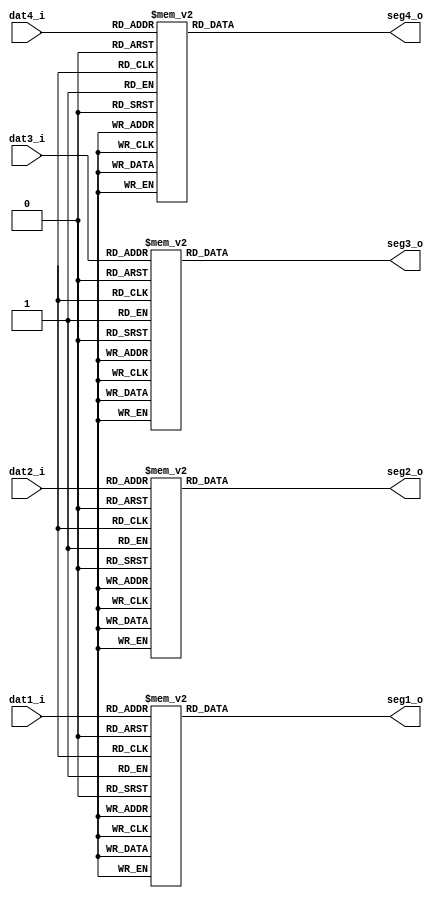
/***************************************************
module	:seg7_decoder
input	:BCD
output	:
function:DE24

***************************************************/
module seg7_decoder(
	dat1_i,
	dat2_i,
	dat3_i,
	dat4_i,
	seg1_o,
	seg2_o,
	seg3_o,
	seg4_o
	); 

	input	[3:0]	dat1_i;				//1
	input	[3:0]	dat2_i;				//2
	input	[3:0]	dat3_i;				//3
	input	[3:0]	dat4_i;				//4
	
	output	[6:0]	seg1_o;				//1		
	output	[6:0]	seg2_o;				//2
	output	[6:0]	seg3_o;				//3
	output	[6:0]	seg4_o;				//4
	
	//								
	reg		[6:0]	seg1_o;				
	reg		[6:0]	seg2_o;				
	reg		[6:0]	seg3_o;				
	reg		[6:0]	seg4_o;
	
	always @(*)begin
		case(dat1_i)				//1	
	//--------------------------------------------------------------------//	
			4'h0:seg1_o=7'b1000000;	//0
			4'h1:seg1_o=7'b1111001;	//1
			4'h2:seg1_o=7'b0100100;	//2
			4'h3:seg1_o=7'b0110000;	//3
			4'h4:seg1_o=7'b0011001;	//4
			4'h5:seg1_o=7'b0010010;	//5
			4'h6:seg1_o=7'b0000010;	//6
			4'h7:seg1_o=7'b1111000;	//7
			4'h8:seg1_o=7'b0000000;	//8
			4'h9:seg1_o=7'b0011000;	//9		
			default:seg1_o=7'b1111111;//
		endcase
	end

	always @(*)begin
		case(dat2_i)				//2	
	//--------------------------------------------------------------------//	
			4'h0:seg2_o=7'b1000000;	//0
			4'h1:seg2_o=7'b1111001;	//1
			4'h2:seg2_o=7'b0100100;	//2
			4'h3:seg2_o=7'b0110000;	//3
			4'h4:seg2_o=7'b0011001;	//4
			4'h5:seg2_o=7'b0010010;	//5
			4'h6:seg2_o=7'b0000010;	//6
			4'h7:seg2_o=7'b1111000;	//7
			4'h8:seg2_o=7'b0000000;	//8
			4'h9:seg2_o=7'b0011000;	//9
			default:seg2_o=7'b1111111;//
		endcase
	end

	always @(*)begin
		case(dat3_i)				//3	
	//--------------------------------------------------------------------//	
			4'h0:seg3_o=7'b1000000;	//0
			4'h1:seg3_o=7'b1111001;	//1
			4'h2:seg3_o=7'b0100100;	//2
			4'h3:seg3_o=7'b0110000;	//3
			4'h4:seg3_o=7'b0011001;	//4
			4'h5:seg3_o=7'b0010010;	//5
			4'h6:seg3_o=7'b0000010;	//6
			4'h7:seg3_o=7'b1111000;	//7
			4'h8:seg3_o=7'b0000000;	//8
			4'h9:seg3_o=7'b0011000;	//9
			default:seg3_o=7'b1111111;//
		endcase
	end

	always @(*)begin
		case(dat4_i)				//4	
	//--------------------------------------------------------------------//	
			4'h0:seg4_o=7'b1000000;	//0
			4'h1:seg4_o=7'b1111001;	//1
			4'h2:seg4_o=7'b0100100;	//2
			4'h3:seg4_o=7'b0110000;	//3
			4'h4:seg4_o=7'b0011001;	//4
			4'h5:seg4_o=7'b0010010;	//5
			4'h6:seg4_o=7'b0000010;	//6
			4'h7:seg4_o=7'b1111000;	//7
			4'h8:seg4_o=7'b0000000;	//8
			4'h9:seg4_o=7'b0011000;	//9		
			default:seg4_o=7'b1111111;//
		endcase
	end
	
endmodule